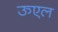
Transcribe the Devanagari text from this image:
ऊएल